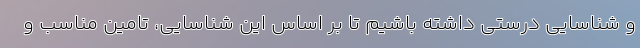
و شناسایی درستی داشته باشیم تا بر اساس این شناسایی، تامین مناسب و